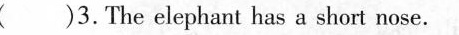
( )3.The elephant has a short nose.